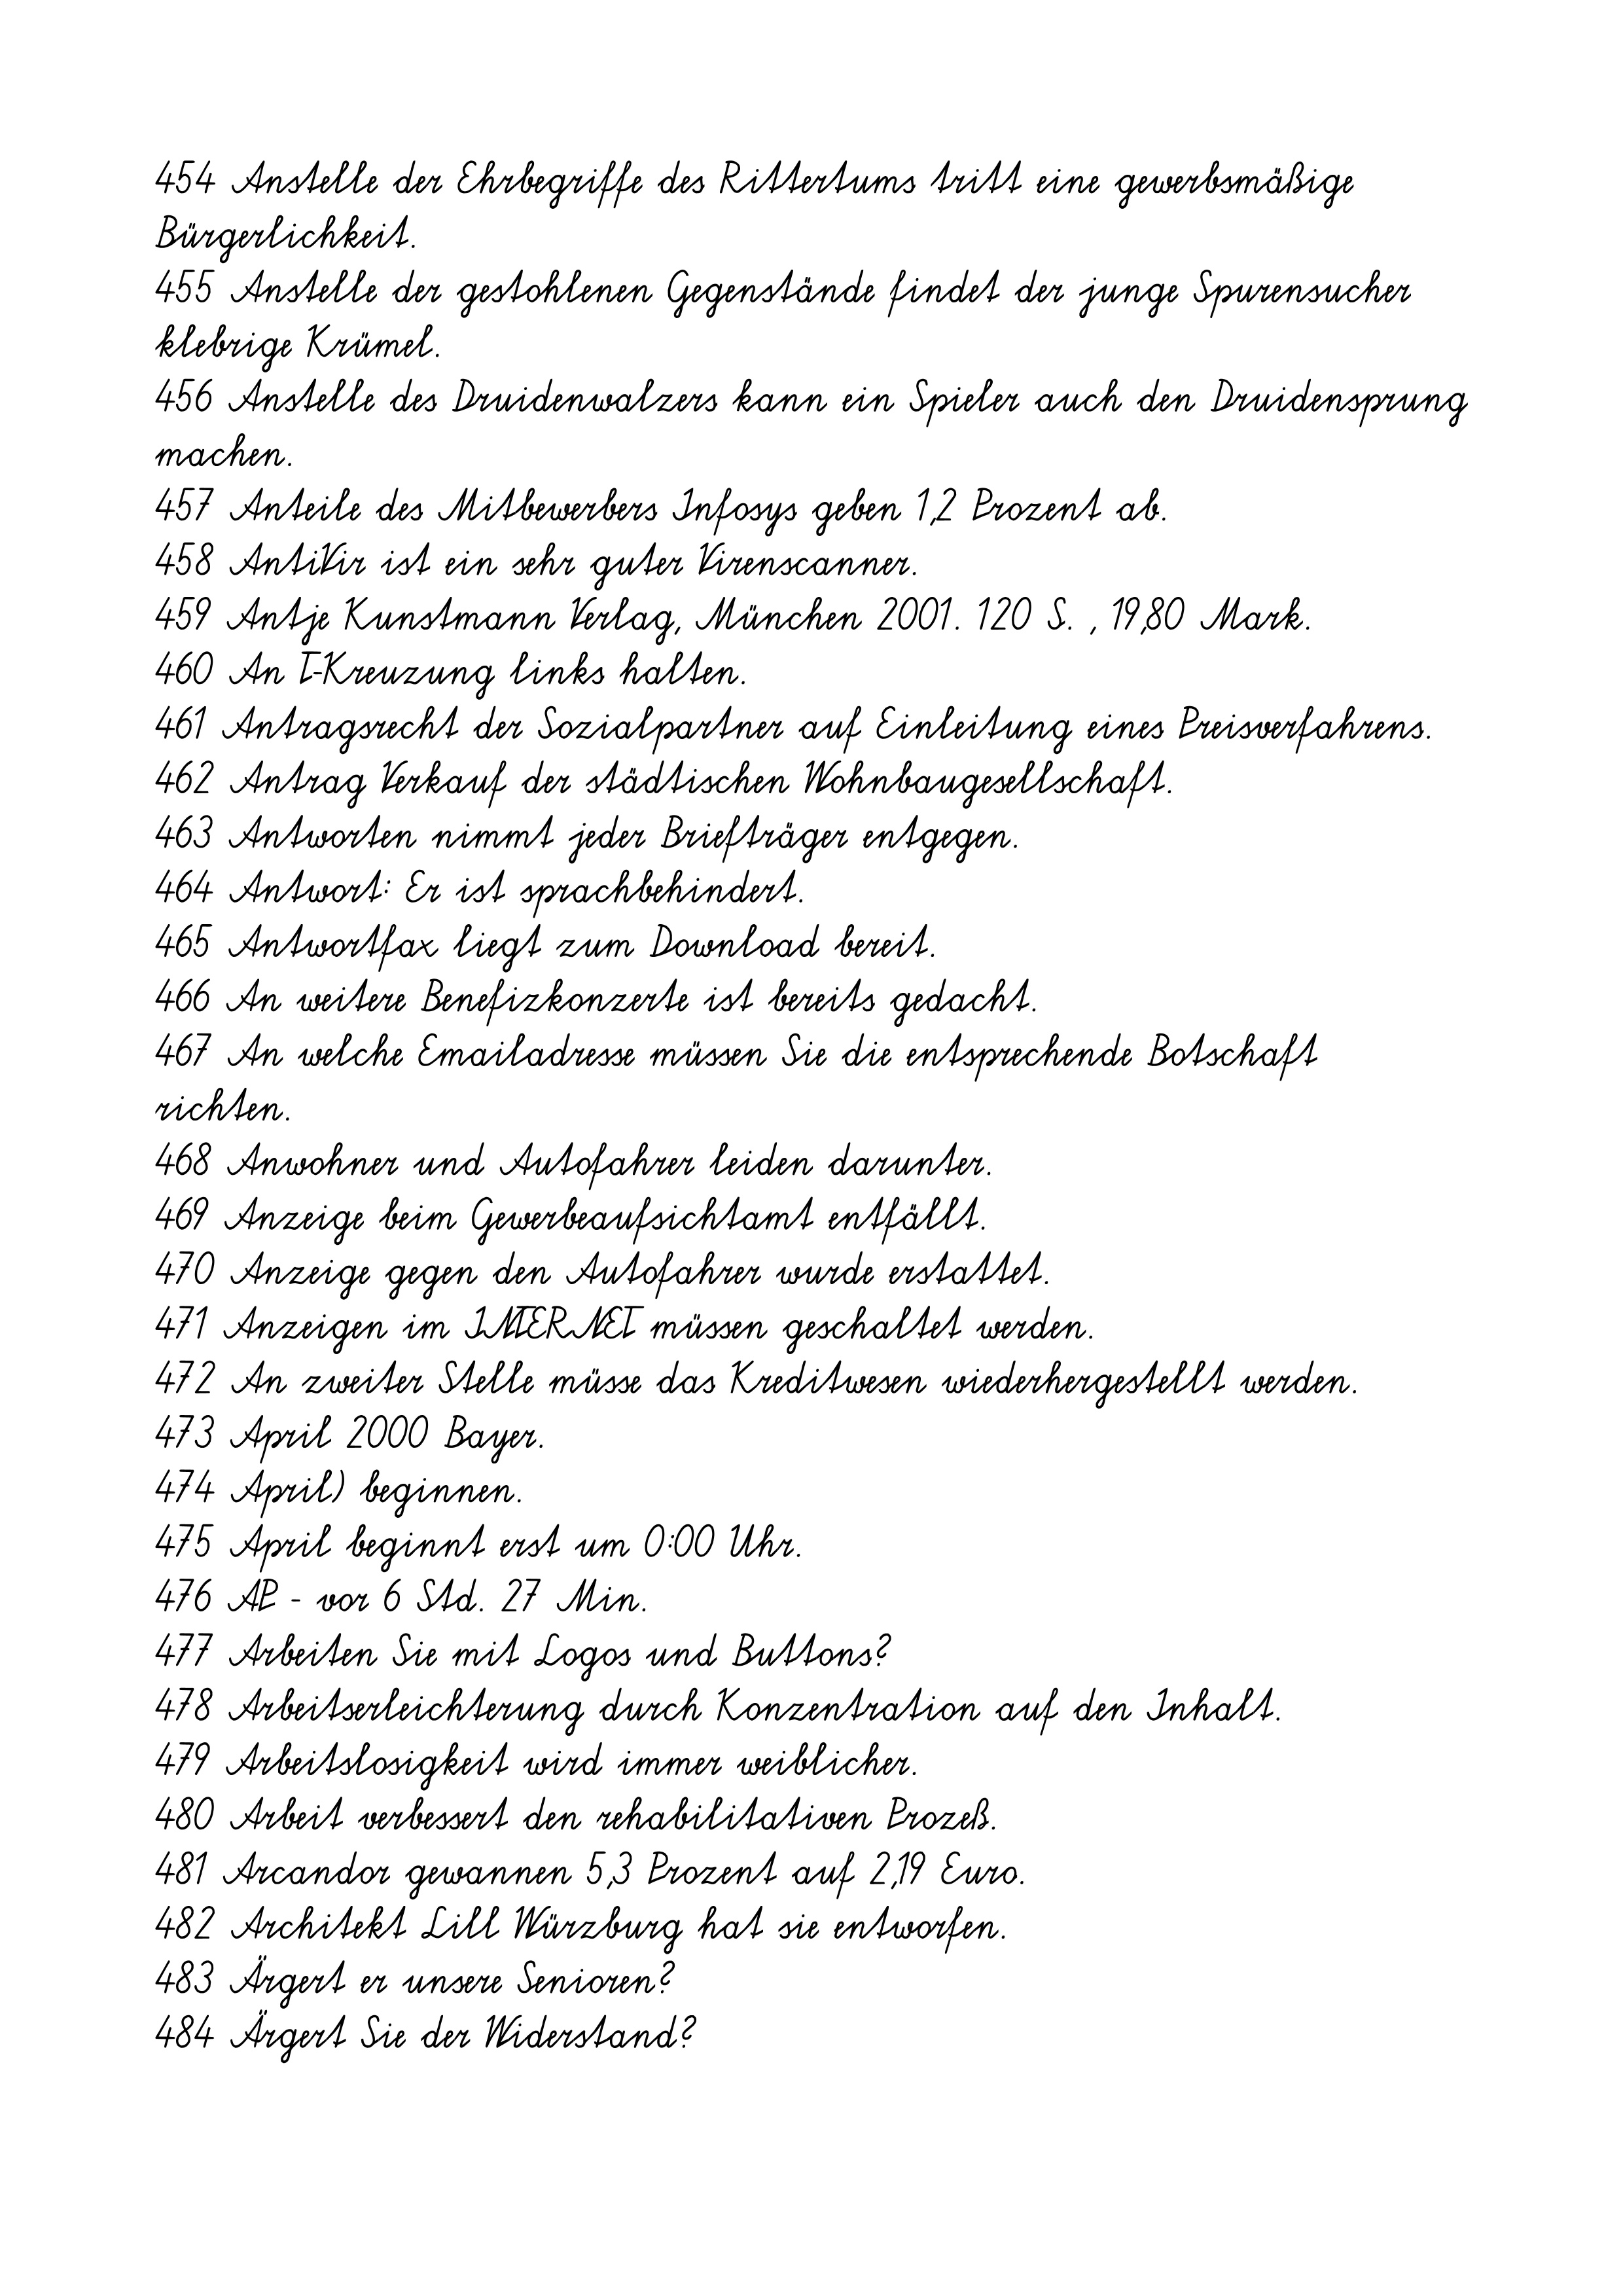
454 Anstelle der Ehrbegriffe des Rittertums tritt eine gewerbsmäßige
Bürgerlichkeit.
455 Anstelle der gestohlenen Gegenstände findet der junge Spurensucher
klebrige Krümel.
456 Anstelle des Druidenwalzers kann ein Spieler auch den Druidensprung
machen.
457 Anteile des Mitbewerbers Infosys geben 1,2 Prozent ab.
458 AntiVir ist ein sehr guter Virenscanner.
459 Antje Kunstmann Verlag, München 2001. 120 S. , 19,80 Mark.
460 An T-Kreuzung links halten.
461 Antragsrecht der Sozialpartner auf Einleitung eines Preisverfahrens.
462 Antrag Verkauf der städtischen Wohnbaugesellschaft.
463 Antworten nimmt jeder Briefträger entgegen.
464 Antwort: Er ist sprachbehindert.
465 Antwortfax liegt zum Download bereit.
466 An weitere Benefizkonzerte ist bereits gedacht.
467 An welche Emailadresse müssen Sie die entsprechende Botschaft
richten.
468 Anwohner und Autofahrer leiden darunter.
469 Anzeige beim Gewerbeaufsichtamt entfällt.
470 Anzeige gegen den Autofahrer wurde erstattet.
471 Anzeigen im INTERNET müssen geschaltet werden.
472 An zweiter Stelle müsse das Kreditwesen wiederhergestellt werden.
473 April 2000 Bayer.
474 April) beginnen.
475 April beginnt erst um 0:00 Uhr.
476 AP - vor 6 Std. 27 Min.
477 Arbeiten Sie mit Logos und Buttons?
478 Arbeitserleichterung durch Konzentration auf den Inhalt.
479 Arbeitslosigkeit wird immer weiblicher.
480 Arbeit verbessert den rehabilitativen Prozeß.
481 Arcandor gewannen 5,3 Prozent auf 2,19 Euro.
482 Architekt Lill Würzburg hat sie entworfen.
483 Ärgert er unsere Senioren?
484 Ärgert Sie der Widerstand?